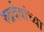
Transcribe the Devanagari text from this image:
रुद्रदेवांच्या